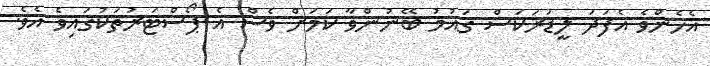
އެހެންވެ އެފަދަ ލީޑަރަކަސް ގައުމު ބޭނުންވާ ކަމަށް ވެސް އެ ޕޯސްޓަރުތަކުގައިވެ އެވެ.